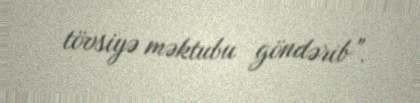
tövsiyə məktubu göndərib”.